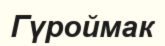
Гүроймак